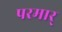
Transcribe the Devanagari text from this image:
परमार्